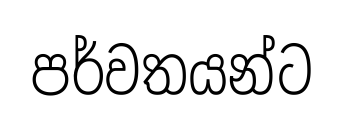
පර්වතයන්ට